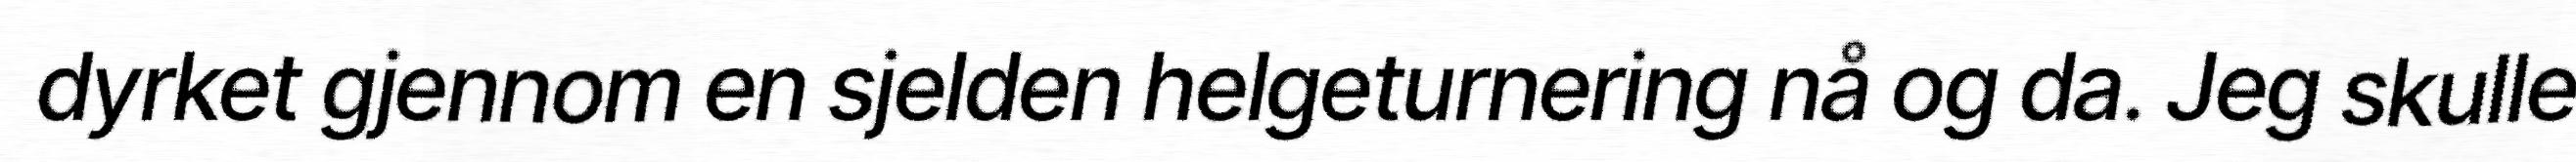
dyrket gjennom en sjelden helgeturnering nå og da. Jeg skulle